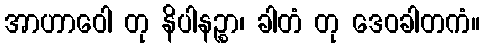
အာဟာဝေါ တု နိပါနဉ္စာ၊ ခါတံ တု ဒေဝခါတကံ။